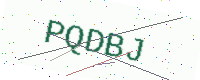
Text: PQDBJ